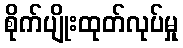
စိုက်ပျိုးထုတ်လုပ်မှု